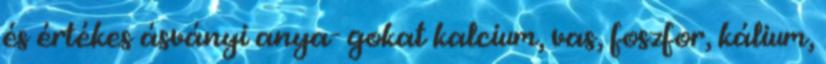
és értékes ásványi anya- gokat kalcium, vas, foszfor, kálium,